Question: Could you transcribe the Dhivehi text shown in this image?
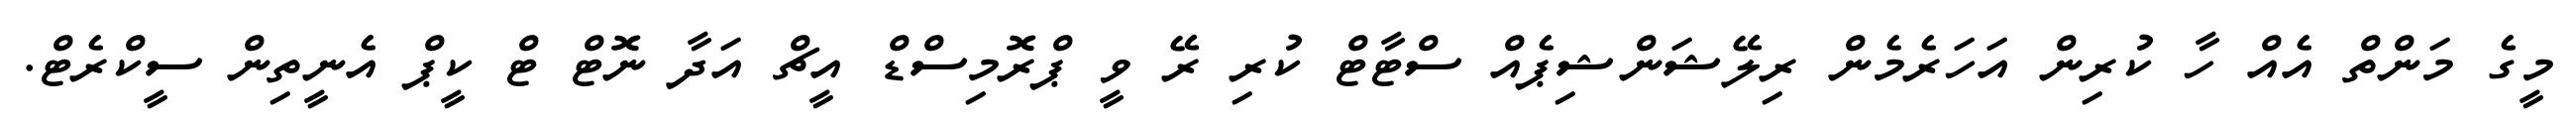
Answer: މީގެ މަންތް އެއް ހާ ކުރިން އަހަރެމެން ރިލޭޝަންޝިޕެއް ސްޓާޓް ކުރި ރޭ ވީ ޕްރޮމިސްޑް އީޗް އަދާ ނޮޓް ޓް ކީޕް އެނީތިން ސީކްރެޓް.